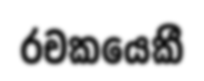
රචකයෙකී